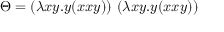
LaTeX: \Theta = ( \lambda x y . y ( x x y ) ) \ ( \lambda x y . y ( x x y ) )